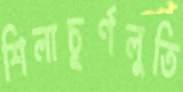
শিলাচূর্ণলুতি